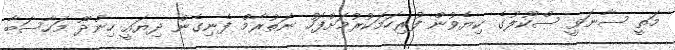
މަތީ ސާނަވީ ސްކޫލުގެ ކިޔެވުން ފުރިހަމަކުރުމަށްފަހު ނަތުރާމް ފެނިގެން ދިޔައީ ހިންދޫ މަހާސަބާ